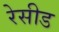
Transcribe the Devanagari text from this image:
रेसीड